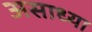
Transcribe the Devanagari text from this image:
असाध्या